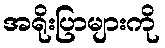
အရိုးပြာများကို